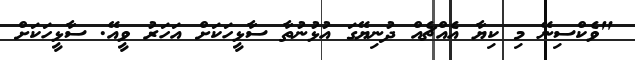
"ވެކްސިނޭ މި ކިޔާ އެއްޗެއް ދުނިޔޭގަ އުޅުނުތާ ސާޅީހަކަށް އަހަރު ވީއޭ. ސާޅީހަކަށް